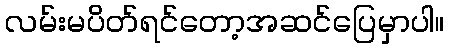
လမ်းမပိတ်ရင်တော့အဆင်ပြေမှာပါ။